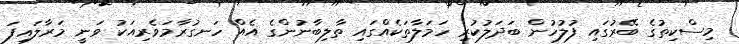
މިސްކިތުގެ ބޭރުގައި ފުލުހުން ބަދަލުކުރި ހަމަލާތަކެއްގައި ތާލިބާނުންގެ އެއް ހަނގުރާމަވެރިއަކު ވަނީ މަރާލައިފަ